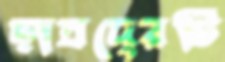
ছাত্রদেরটি